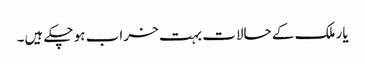
یار ملک کے حالات بہت خراب ہو چکے ہیں۔